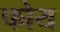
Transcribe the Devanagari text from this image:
फोय